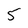
Character: 5